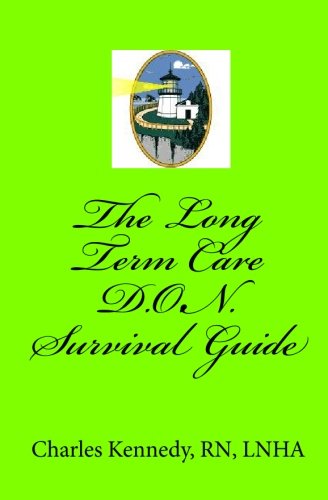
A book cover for The Long Term Care D.O.N. Survival Guide; RN, LNHA, Charles Kennedy; Medical Books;